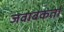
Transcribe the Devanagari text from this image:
जवाबकर्ता